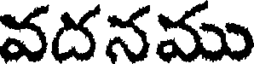
వదనము